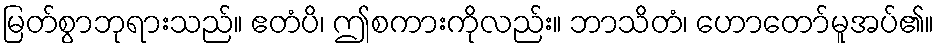
မြတ်စွာဘုရားသည်။ ဧတံပိ၊ ဤစကားကိုလည်း။ ဘာသိတံ၊ ဟောတော်မူအပ်၏။